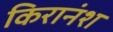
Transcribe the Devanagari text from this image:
किरानंश